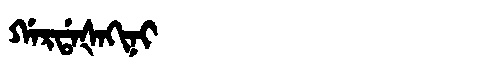
Manchu: ᡤᠠᡵᡩᠠᡧᠠᡴᡳᠨᡳ
Romanization: GARDAŠAKINI